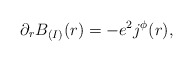
\begin{align*}\partial_rB_{(I)}(r)=-e^2j^\phi(r),\end{align*}